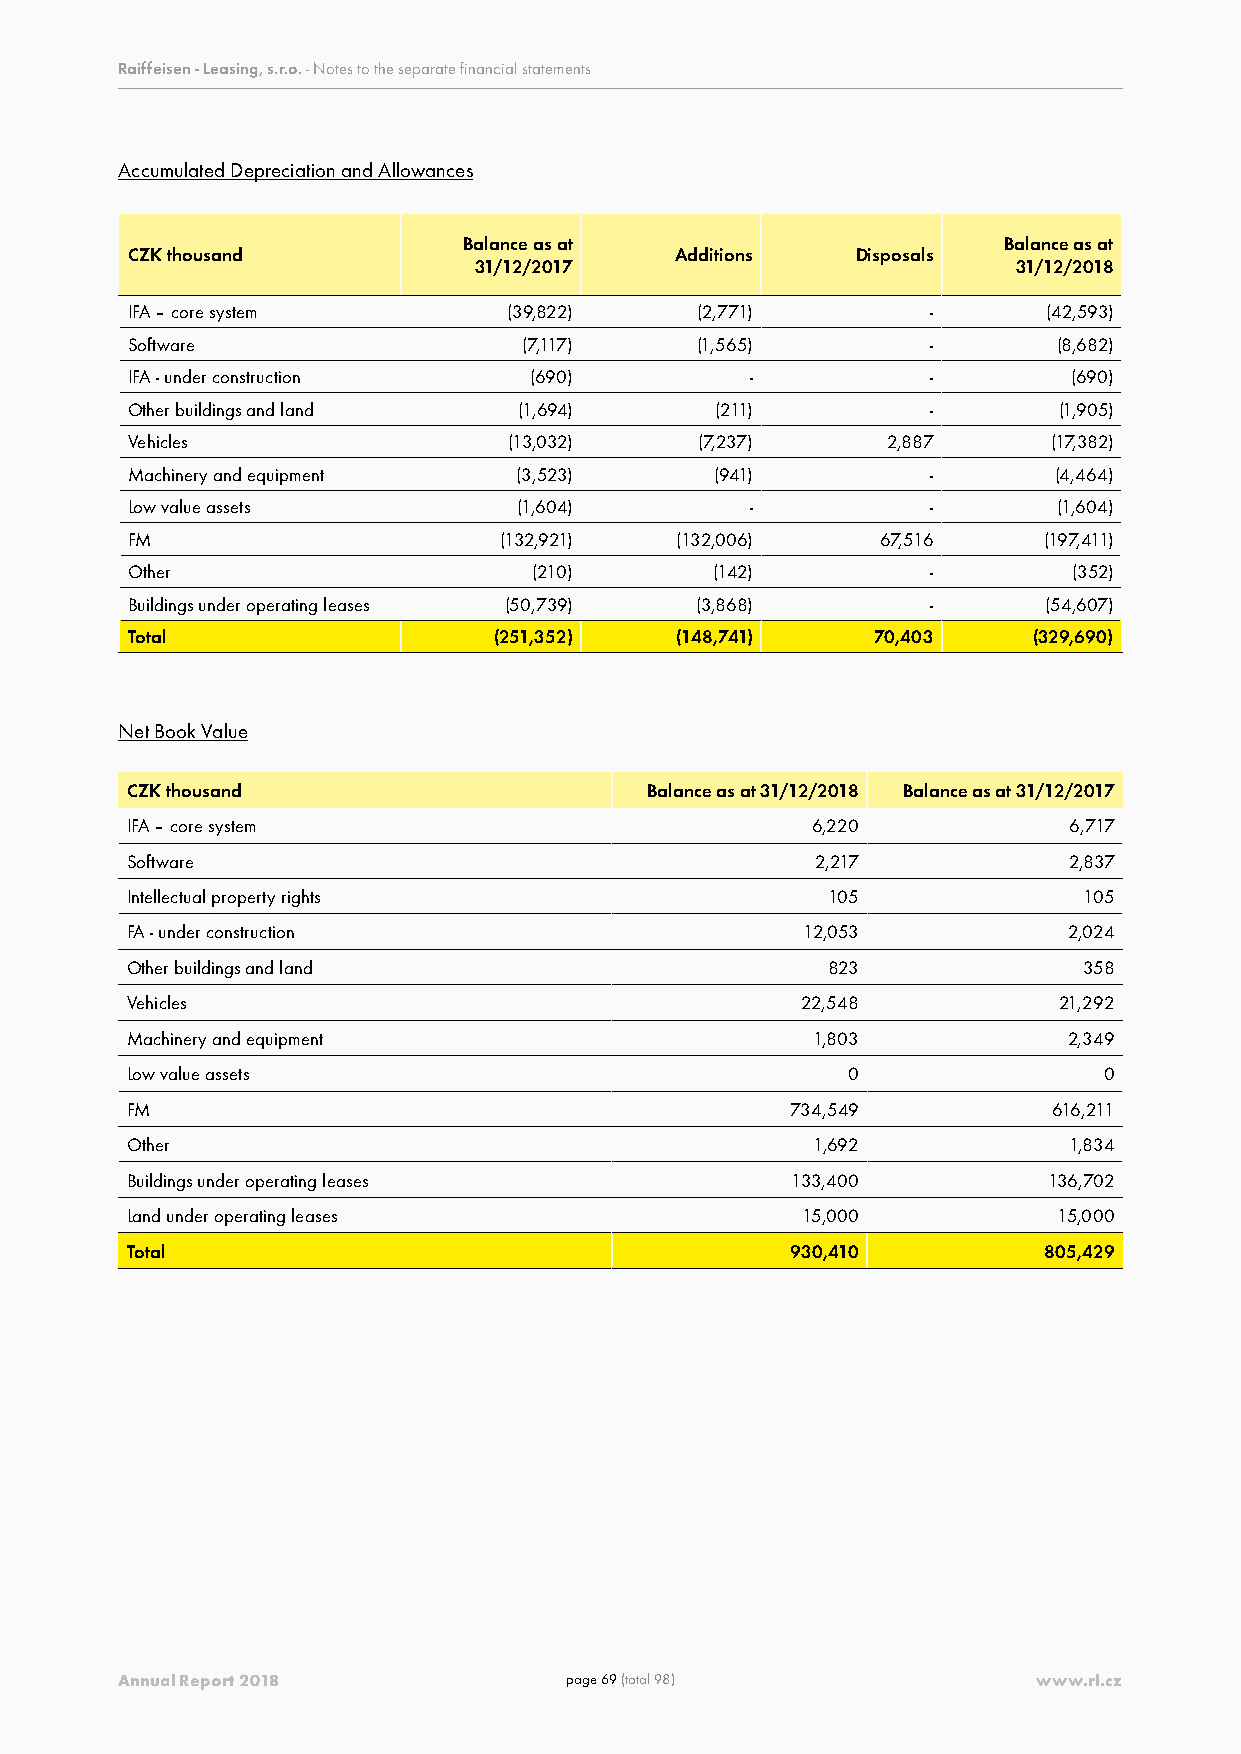
Raiffeisen - Leasing, s.r.o. - Notes to the separate financial statements
 Accumulated Depreciation and Allowances
 Balance as at                      Balance as at
 CZK thousand                         Additions   Disposals
 31/12/2017                          31/12/2018
 IFA – core system         (39,822)    (2,771)         -      (42,593)
 Software                   (7,117)    (1,565)         -       (8,682)
 IFA - under construction   (690)          -           -        (690)
 Other buildings and land  (1,694)      (211)          -       (1,905)
 Vehicles                  (13,032)    (7,237)      2,887      (17,382)
 Machinery and equipment   (3,523)      (941)          -       (4,464)
 Low value assets          (1,604)         -           -       (1,604)
 FM                       (132,921)   (132,006)    67,516     (197,411)
 Other                      (210)       (142)          -        (352)
 Buildings under operating leases (50,739) (3,868)     -      (54,607)
 Total                    (251,352)   (148,741)    70,403    (329,690)
 Net Book Value
 CZK thousand                       Balance as at 31/12/2018 Balance as at 31/12/2017
 IFA – core system                             6,220            6,717
 Software                                      2,217            2,837
 Intellectual property rights                   105              105
 FA - under construction                      12,053            2,024
 Other buildings and land                       823              358
 Vehicles                                     22,548           21,292
 Machinery and equipment                       1,803            2,349
 Low value assets                                0                0
 FM                                          734,549           616,211
 Other                                         1,692            1,834
 Buildings under operating leases            133,400          136,702
 Land under operating leases                  15,000           15,000
 Total                                       930,410          805,429
 Annual Report 2018           page 69 (total 98)              www.rl.cz